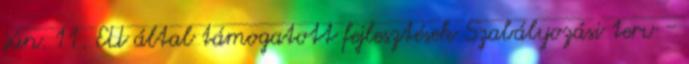
jún. 11. EU által támogatott fejlesztések Szabályozási terv -